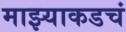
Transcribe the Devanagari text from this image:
माझ्याकडचं